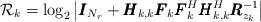
LaTeX: \begin{align*}\mathcal{R}_k = \log _2\left| \pmb{I}_{N_r} + \pmb{H}_{k,k}\pmb{F}_k\pmb{F}_k^H\pmb{H}_{k,k}^H\pmb{R}_{z_k}^{-1} \right|\end{align*}